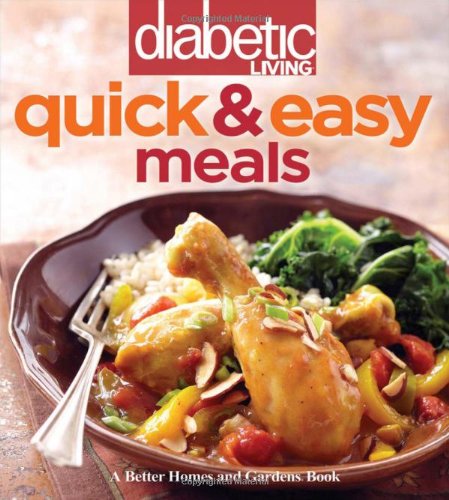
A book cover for Diabetic Living Quick & Easy Meals; Diabetic Living Editors; Cookbooks, Food & Wine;